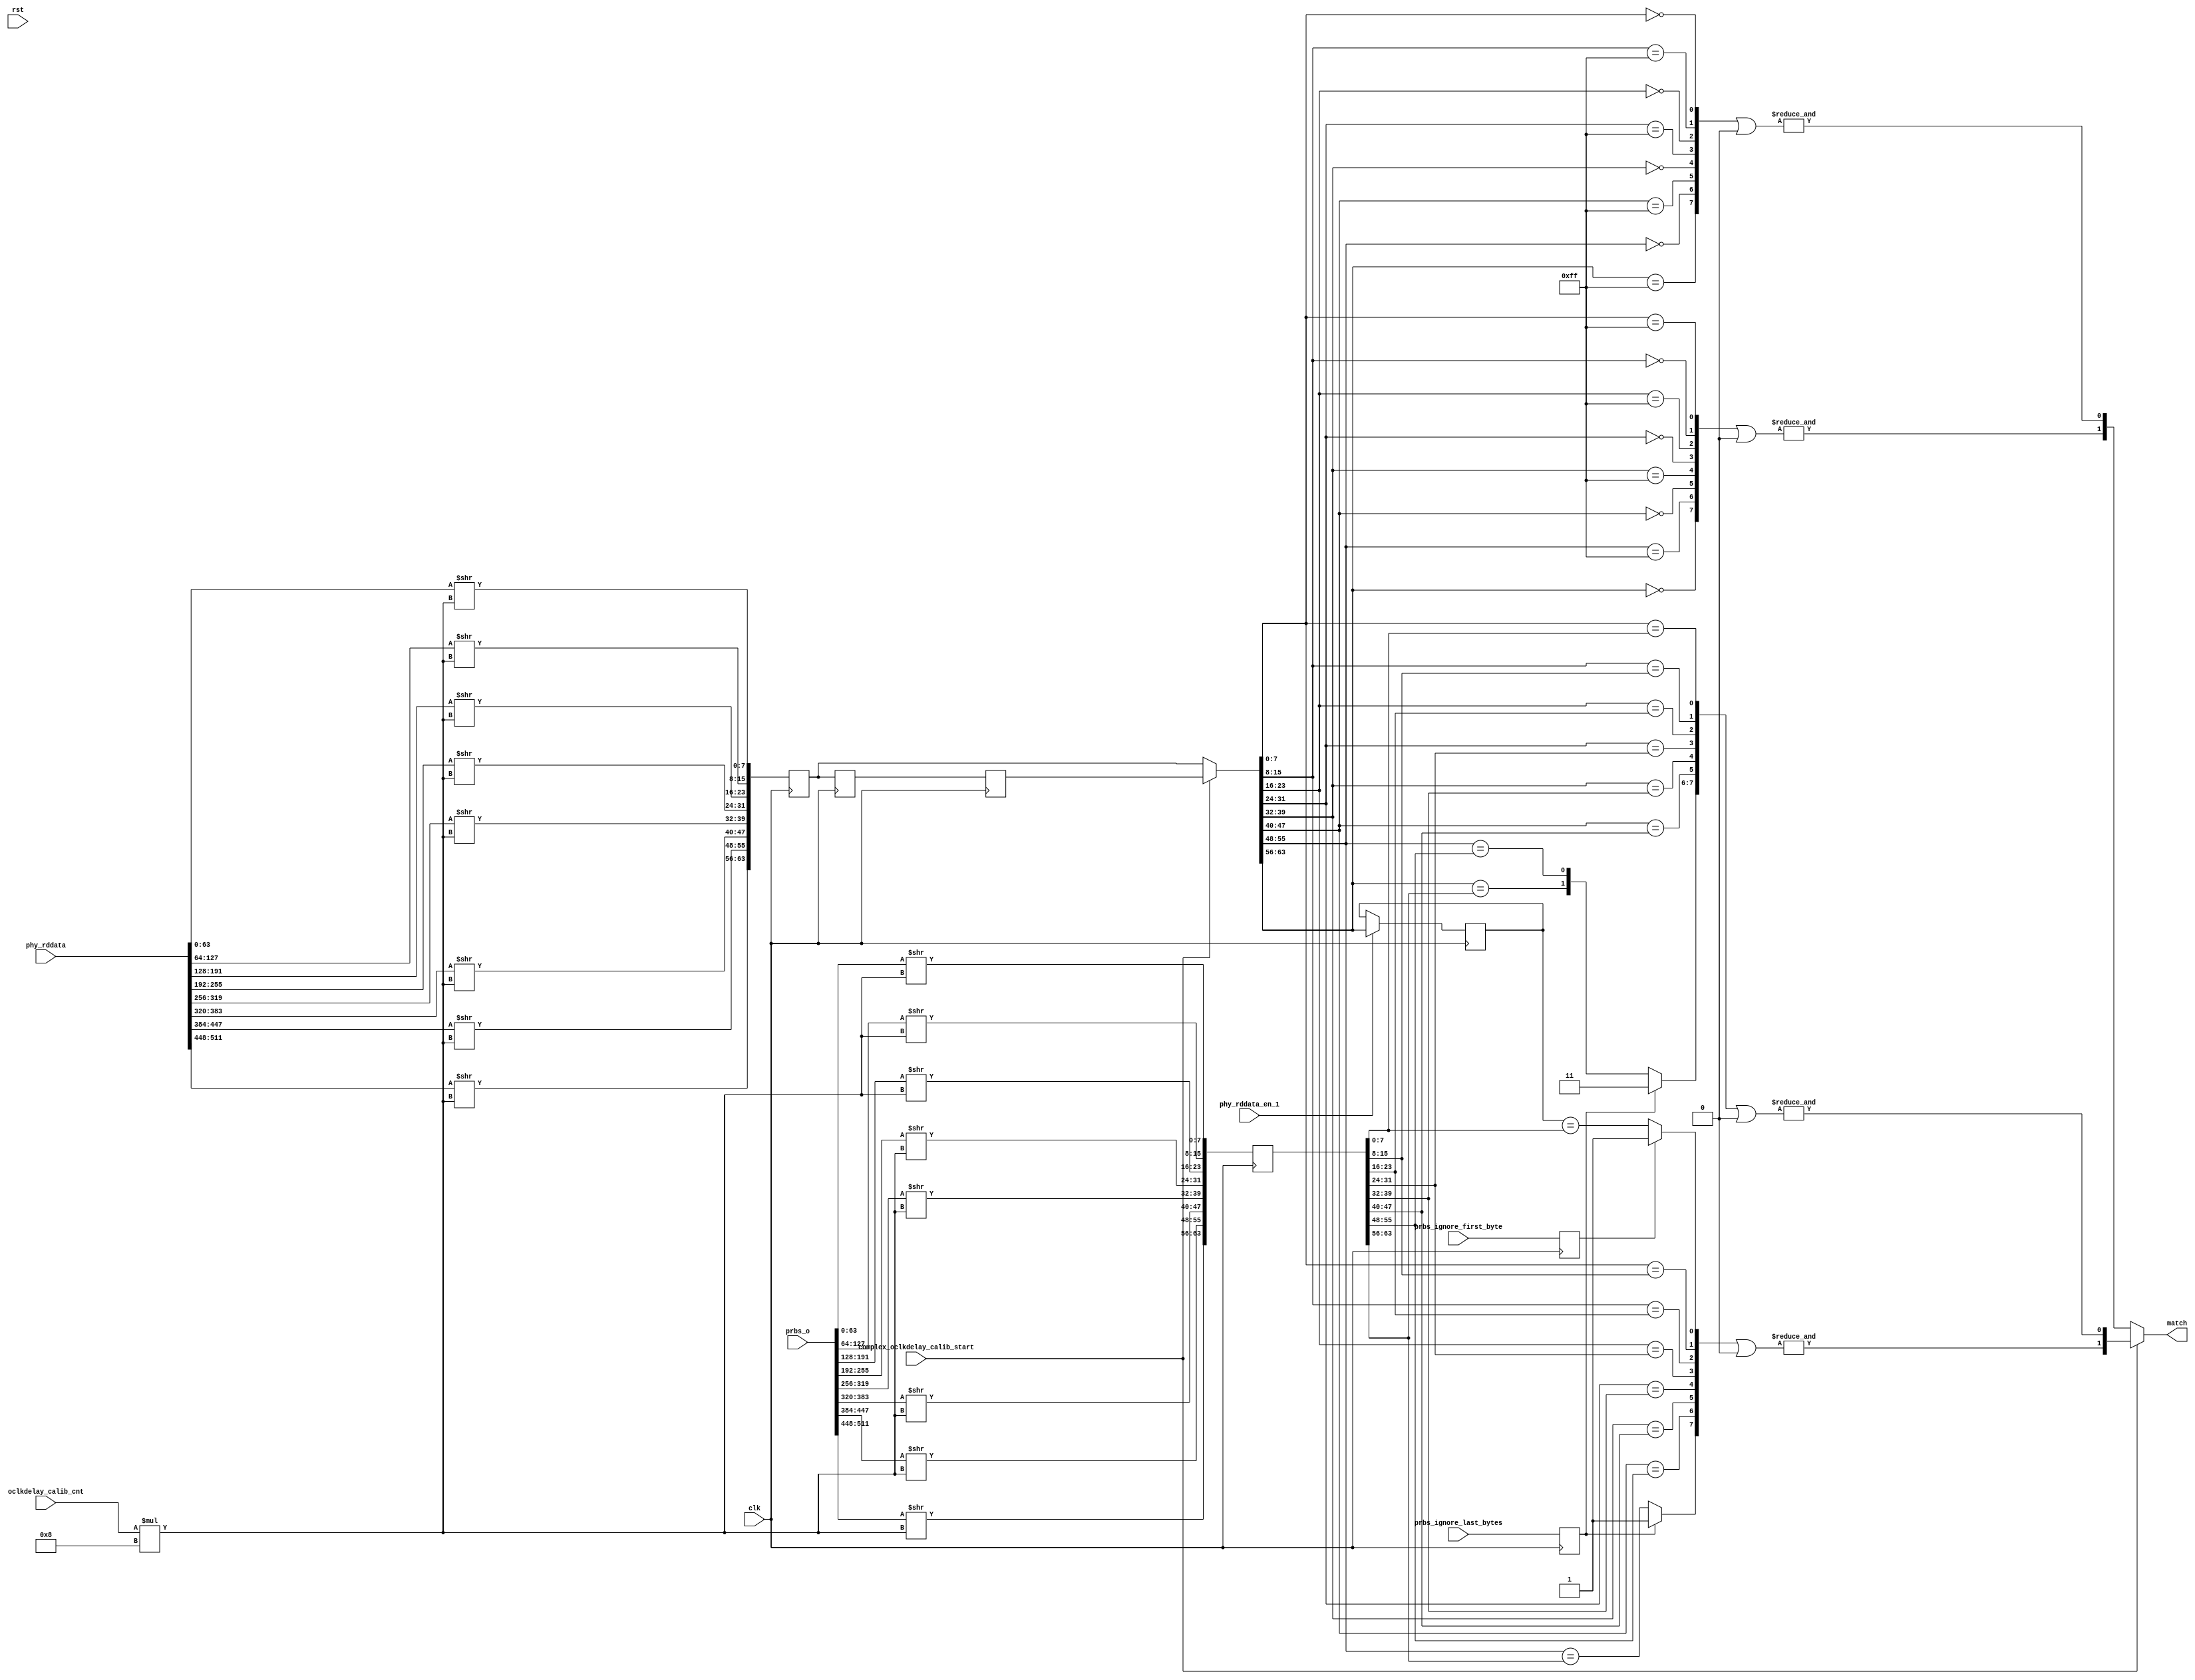
//*****************************************************************************
// (c) Copyright 2009 - 2013 Xilinx, Inc. All rights reserved.
//
// This file contains confidential and proprietary information
// of Xilinx, Inc. and is protected under U.S. and
// international copyright and other intellectual property
// laws.
//
// DISCLAIMER
// This disclaimer is not a license and does not grant any
// rights to the materials distributed herewith. Except as
// otherwise provided in a valid license issued to you by
// Xilinx, and to the maximum extent permitted by applicable
// law: (1) THESE MATERIALS ARE MADE AVAILABLE "AS IS" AND
// WITH ALL FAULTS, AND XILINX HEREBY DISCLAIMS ALL WARRANTIES
// AND CONDITIONS, EXPRESS, IMPLIED, OR STATUTORY, INCLUDING
// BUT NOT LIMITED TO WARRANTIES OF MERCHANTABILITY, NON-
// INFRINGEMENT, OR FITNESS FOR ANY PARTICULAR PURPOSE; and
// (2) Xilinx shall not be liable (whether in contract or tort,
// including negligence, or under any other theory of
// liability) for any loss or damage of any kind or nature
// related to, arising under or in connection with these
// materials, including for any direct, or any indirect,
// special, incidental, or consequential loss or damage
// (including loss of data, profits, goodwill, or any type of
// loss or damage suffered as a result of any action brought
// by a third party) even if such damage or loss was
// reasonably foreseeable or Xilinx had been advised of the
// possibility of the same.
//
// CRITICAL APPLICATIONS
// Xilinx products are not designed or intended to be fail-
// safe, or for use in any application requiring fail-safe
// performance, such as life-support or safety devices or
// systems, Class III medical devices, nuclear facilities,
// applications related to the deployment of airbags, or any
// other applications that could lead to death, personal
// injury, or severe property or environmental damage
// (individually and collectively, "Critical
// Applications"). Customer assumes the sole risk and
// liability of any use of Xilinx products in Critical
// Applications, subject only to applicable laws and
// regulations governing limitations on product liability.
//
// THIS COPYRIGHT NOTICE AND DISCLAIMER MUST BE RETAINED AS
// PART OF THIS FILE AT ALL TIMES.
//
//*****************************************************************************
//   ____  ____
//  /   /\/   /
// /___/  \  /    Vendor: Xilinx
// \   \   \/     Version: %version
//  \   \         Application: MIG
//  /   /         Filename: ddr_phy_v4_0_phy_ocd_data.v
// /___/   /\     Date Last Modified: $Date: 2011/02/25 02:07:40 $
// \   \  /  \    Date Created: Aug 03 2009 
//  \___\/\___\
//
//Device: 7 Series
//Design Name: DDR3 SDRAM
//Purpose: Data comparison for both "non-complex" and "complex" data.
//
// Depending on complex_oclkdelay_calib_start, data provided on the phy_rddata
// bus is compared against a fixed ones and zeros pattern, or against data
// provided on the prob_o bus.
//
// In the case of complex data, the phy_rddata data is delayed by two
// clocks to match up with the prbs_o data.
//
// For 4:1 mode, in each fabric clock, a complete DRAM burst may be delivered.
// A DRAM burst is 8 times the width of the DQ bus.  For an 8 byte DQ
// bus, 64 bytes are delivered on each clock.
//
// In 2:1 mode the DRAM burst is delivered on two fabric clocks.  For
// an 8 byte bus, 32 bytes are delivered with each fabric clock.
//
// For the most part, this block does not use phy_rddata_en.  It delivers
// its results and depends on downstream logic to know when its valid.
//
// phy_rddata_en is used for the PRBS compares when the last line of data
// needs to be carried over to a subsequent line.
//
// Since we work on a byte at a time, the comparison only works on
// one byte of the DQ bus at a time.  The oclkdelay_calib_cnt field is used to
// select the proper 8 bytes out of both the phy_rddata and prob_o streams.
//
// Comparisons are computed for "zero" or "rise" data, and "oneeighty" or
// "fall" data.  The "oneeighty" compares assumes the rising edge clock is
// landing in the oneeighty data.
//
// For the simple data, we don't need to worry about first byte or last
// byte conditions because the sampled data is taken from the middle
// of a 4 burst segment.
//
// The complex (or PRBS) data starts and stops.  And we need to be
// careful about ignoring compares that might be using invalid latched
// data. The PRBS generator provides prbs_ignore_first_byte and 
// prbs_ignore_last_bytes.  The comparison block is procedural.  It
// first compares across the entire line, then comes back and overwrites
// any byte compare results as indicated by the _ignore_ wires.
// 
// The compares generate an eight bit vector, one for each byte.  The
// final step is to bitwise AND this eight bit vector.  We end up
// with two sets of two bits.  Zero and oneeighty for the fixed pattern
// and the prbs.   
//
// complex_oclkdelay_calib_start is used to
// select between the fixed and prbs compares.  The final output
// is a two bit match bus.
//
// There is a deprecated feature to mask the compare for any byte.
//
//      
//Reference:
//Revision History:
//*****************************************************************************

`timescale 1ps/1ps

module mig_7series_v4_2_ddr_phy_ocd_data #
  (parameter TCQ                = 100,
   parameter nCK_PER_CLK        = 4,
   parameter DQS_CNT_WIDTH      = 3,
   parameter DQ_WIDTH           = 64)
  (/*AUTOARG*/
  // Outputs
  match,
  // Inputs
  clk, rst, complex_oclkdelay_calib_start, phy_rddata, prbs_o,
  oclkdelay_calib_cnt, prbs_ignore_first_byte, prbs_ignore_last_bytes,
  phy_rddata_en_1
  );

  localparam [7:0] OCAL_DQ_MASK = 8'b0000_0000;

  input clk;
  input rst;

  input complex_oclkdelay_calib_start;
  input [2*nCK_PER_CLK*DQ_WIDTH-1:0] phy_rddata;
  input [2*nCK_PER_CLK*DQ_WIDTH-1:0] prbs_o;
  input [DQS_CNT_WIDTH:0] oclkdelay_calib_cnt;

  reg [DQ_WIDTH-1:0] word, word_shifted;
 
  reg [63:0] data_bytes_ns, data_bytes_r, data_bytes_r1, data_bytes_r2, prbs_bytes_ns, prbs_bytes_r;
  always @(posedge clk) data_bytes_r <= #TCQ data_bytes_ns;
  always @(posedge clk) data_bytes_r1 <= #TCQ data_bytes_r;
  always @(posedge clk) data_bytes_r2 <= #TCQ data_bytes_r1;
  always @(posedge clk) prbs_bytes_r <= #TCQ prbs_bytes_ns;

  input prbs_ignore_first_byte, prbs_ignore_last_bytes;
  reg prbs_ignore_first_byte_r, prbs_ignore_last_bytes_r;
  always @(posedge clk) prbs_ignore_first_byte_r <= #TCQ prbs_ignore_first_byte;
  always @(posedge clk) prbs_ignore_last_bytes_r <= #TCQ prbs_ignore_last_bytes;

  input phy_rddata_en_1;
  reg [7:0] last_byte_r;
  wire [63:0] data_bytes = complex_oclkdelay_calib_start ? data_bytes_r2 : data_bytes_r;
  
  wire [7:0] last_byte_ns;
  generate if (nCK_PER_CLK == 4) begin
    assign last_byte_ns = phy_rddata_en_1 ? data_bytes[63:56] : last_byte_r;
  end else begin
    assign last_byte_ns = phy_rddata_en_1 ? data_bytes[31:24] : last_byte_r;
  end endgenerate
  always @(posedge clk) last_byte_r <= #TCQ last_byte_ns;

  reg second_half_ns, second_half_r;
  always @(posedge clk) second_half_r <= #TCQ second_half_ns;
  always @(*) begin
    second_half_ns = second_half_r;
    if (rst) second_half_ns = 1'b0;
    else second_half_ns = phy_rddata_en_1 ^ second_half_r;
  end

  reg [7:0] comp0, comp180, prbs0, prbs180;
   
  integer ii;
  always @(*) begin
    comp0 = 8'hff;
    comp180 = 8'hff;
    prbs0 = 8'hff;
    prbs180 = 8'hff;
    data_bytes_ns = 64'b0;
    prbs_bytes_ns = 64'b0;
    for (ii=0; ii<2*nCK_PER_CLK; ii=ii+1) 
      begin
        word = phy_rddata[ii*DQ_WIDTH+:DQ_WIDTH];
	word_shifted = word >> oclkdelay_calib_cnt*8;
	data_bytes_ns[ii*8+:8] = word_shifted[7:0];
	
        word = prbs_o[ii*DQ_WIDTH+:DQ_WIDTH];
	word_shifted = word >> oclkdelay_calib_cnt*8;
	prbs_bytes_ns[ii*8+:8] = word_shifted[7:0];
	
	comp0[ii] = data_bytes[ii*8+:8] == (ii%2 ? 8'hff : 8'h00);
	comp180[ii] = data_bytes[ii*8+:8] == (ii%2 ? 8'h00 : 8'hff);
	
        prbs0[ii] = data_bytes[ii*8+:8] == prbs_bytes_r[ii*8+:8];
      end // for (ii=0; ii<2*nCK_PER_CLK; ii=ii+1)
    prbs180[0] = last_byte_r == prbs_bytes_r[7:0];
    for (ii=1; ii<2*nCK_PER_CLK; ii=ii+1)
       	prbs180[ii] = data_bytes[(ii-1)*8+:8] == prbs_bytes_r[ii*8+:8];
    if (nCK_PER_CLK == 4) begin
      if (prbs_ignore_last_bytes_r) begin
        prbs0[7:6] = 2'b11;
	prbs180[7] = 1'b1;
      end
      if (prbs_ignore_first_byte_r) prbs180[0] = 1'b1;
    end else begin
      if (second_half_r) begin
        if (prbs_ignore_last_bytes_r) begin
	    prbs0[3:2] = 2'b11;
	    prbs180[3] = 1'b1;
	end
      end else if (prbs_ignore_first_byte_r) prbs180[0] = 1'b1;
    end // else: !if(nCK_PER_CLK == 4)
  end // always @ (*)

  wire [7:0] comp0_masked = comp0 | OCAL_DQ_MASK;
  wire [7:0] comp180_masked = comp180 | OCAL_DQ_MASK;
  wire [7:0] prbs0_masked = prbs0 | OCAL_DQ_MASK;
  wire [7:0] prbs180_masked = prbs180 | OCAL_DQ_MASK;
  
  output [1:0] match;
  assign match = complex_oclkdelay_calib_start ? {&prbs180_masked, &prbs0_masked} : {&comp180_masked , &comp0_masked};


endmodule // mig_7series_v4_2_ddr_phy_ocd_data